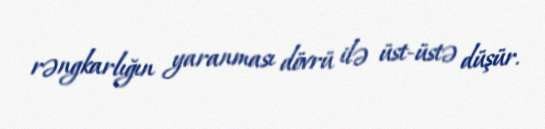
rəngkarlığın yaranması dövrü ilə üst-üstə düşür.